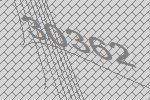
30362